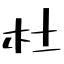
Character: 杜